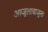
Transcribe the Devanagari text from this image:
आजूलाबाजूला